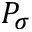
P _ { \sigma }